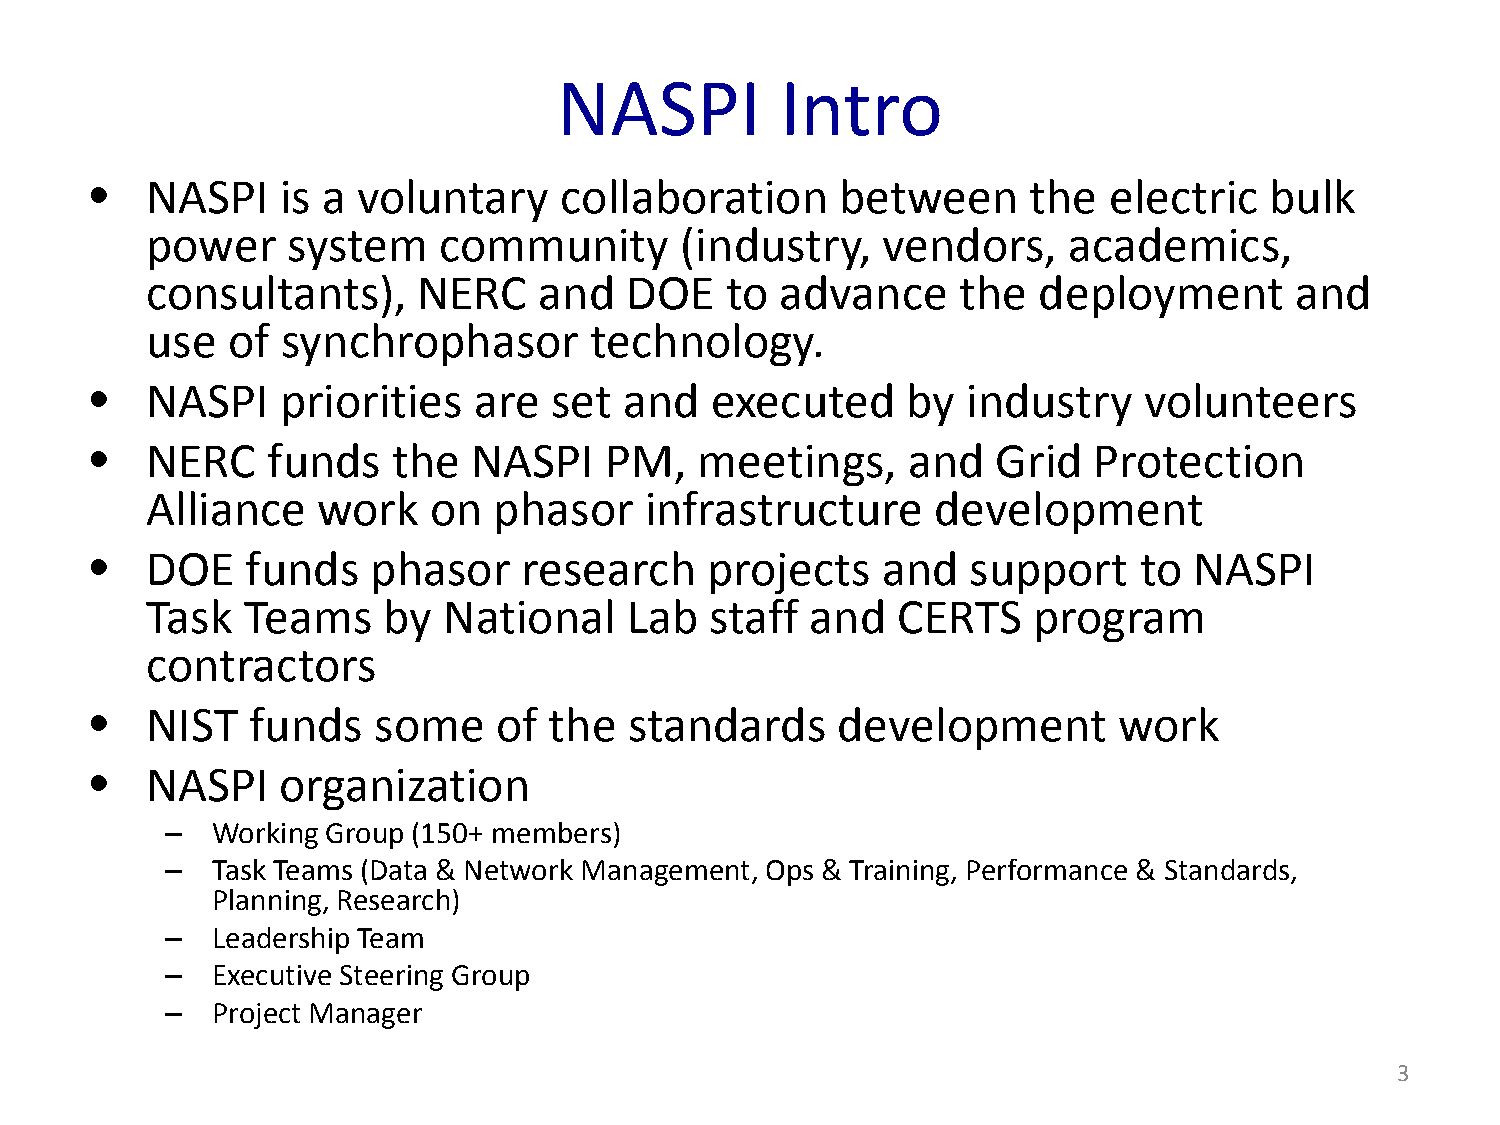
NASPI          Intro
 NASPI    is a voluntary    collaboration      between     the  electric   bulk
 •
 power    system    community       (industry,   vendors,     academics,
 consultants),     NERC    and  DOE    to  advance     the  deployment       and
 use  of  synchrophasor       technology.
 NASPI    priorities  are  set  and   executed     by  industry    volunteers
 •
 NERC    funds   the  NASPI    PM,   meetings,     and   Grid  Protection
 •
 Alliance   work   on   phasor    infrastructure     development
 DOE   funds    phasor    research    projects   and   support    to  NASPI
 •
 Task  Teams    by  National    Lab   staff  and  CERTS    program
 contractors
 NIST  funds    some    of the   standards    development        work
 •
 NASPI    organization
 •
 –  Working Group (150+ members)
 –  Task Teams (Data & Network Management, Ops & Training, Performance & Standards,
 Planning, Research)
 –  Leadership Team
 –  Executive Steering Group
 –  Project Manager
 3